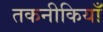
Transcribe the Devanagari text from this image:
तकनीकियाँ